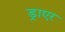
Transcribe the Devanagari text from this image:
ड्राएर